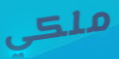
ملكي